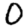
Digit: 0